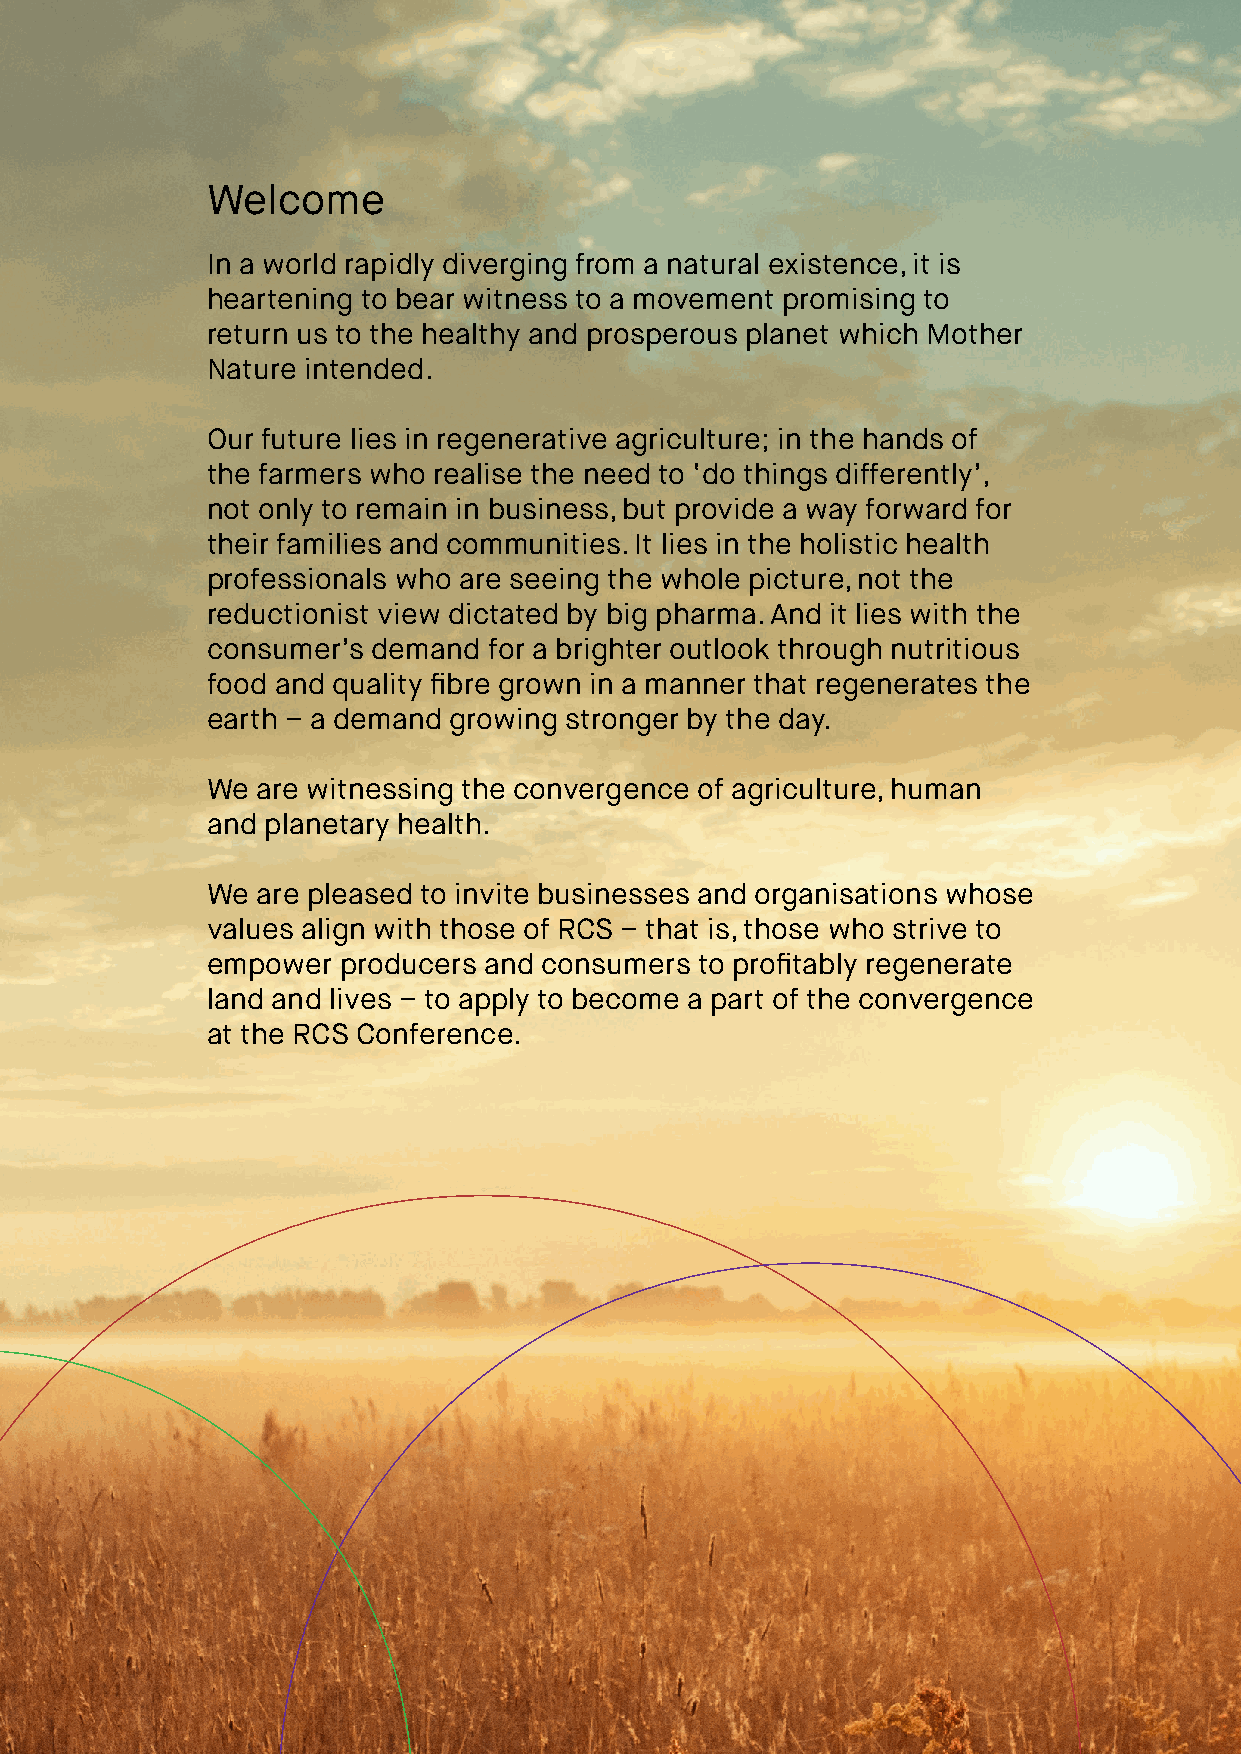
Welcome
 In a world rapidly diverging from a natural existence, it is
 heartening to bear witness to a movement promising to
 return us to the healthy and prosperous planet which Mother
 Nature intended.
 Our future lies in regenerative agriculture; in the hands of
 the farmers who realise the need to ‘do things differently’,
 not only to remain in business, but provide a way forward for
 their families and communities. It lies in the holistic health
 professionals who are seeing the whole picture, not the
 reductionist view dictated by big pharma. And it lies with the
 consumer’s demand for a brighter outlook through nutritious
 food and quality fibre grown in a manner that regenerates the
 earth – a demand growing stronger by the day.
 We are witnessing the convergence of agriculture, human
 and planetary health.
 We are pleased to invite businesses and organisations whose
 values align with those of RCS – that is, those who strive to
 empower producers and consumers to profitably regenerate
 land and lives – to apply to become a part of the convergence
 at the RCS Conference.